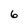
Character: 6